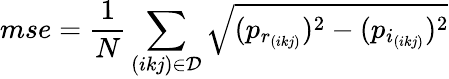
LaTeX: mse=\frac{1}{N}\sum_{(ikj)\in\mathcal D}\sqrt{(p_{r_{(ikj)}})^{2}-(p_{i_{(ikj)}})^{2}}